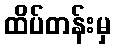
ထိပ်တန်းမှ